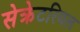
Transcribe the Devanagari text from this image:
सेक्रेटरियल